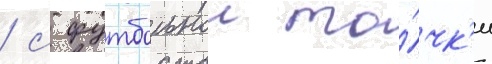
/ с футбольнои то́чк'и